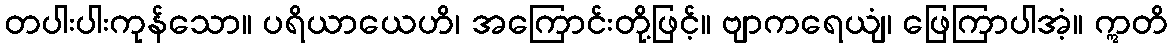
တပါးပါးကုန်သော။ ပရိယာယေဟိ၊ အကြောင်းတို့ဖြင့်။ ဗျာကရေယျံ၊ ဖြေကြာပါအံ့။ ဣတိ